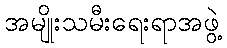
အမျိုးသမီးရေးရာအဖွဲ့